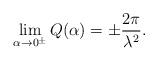
LaTeX: \begin{align*}\lim_{\alpha\rightarrow 0^\pm}Q(\alpha)=\pm\frac{ 2\pi}{\lambda^{2}}.\end{align*}